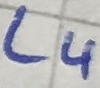
Text: L4